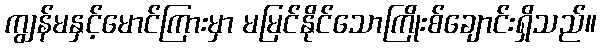
ကျွန်မနှင့်မောင်ကြားမှာ မမြင်နိုင်သောကြိုးစ်ချောင်းရှိသည်။